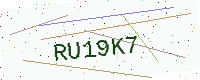
Text: RU19K7